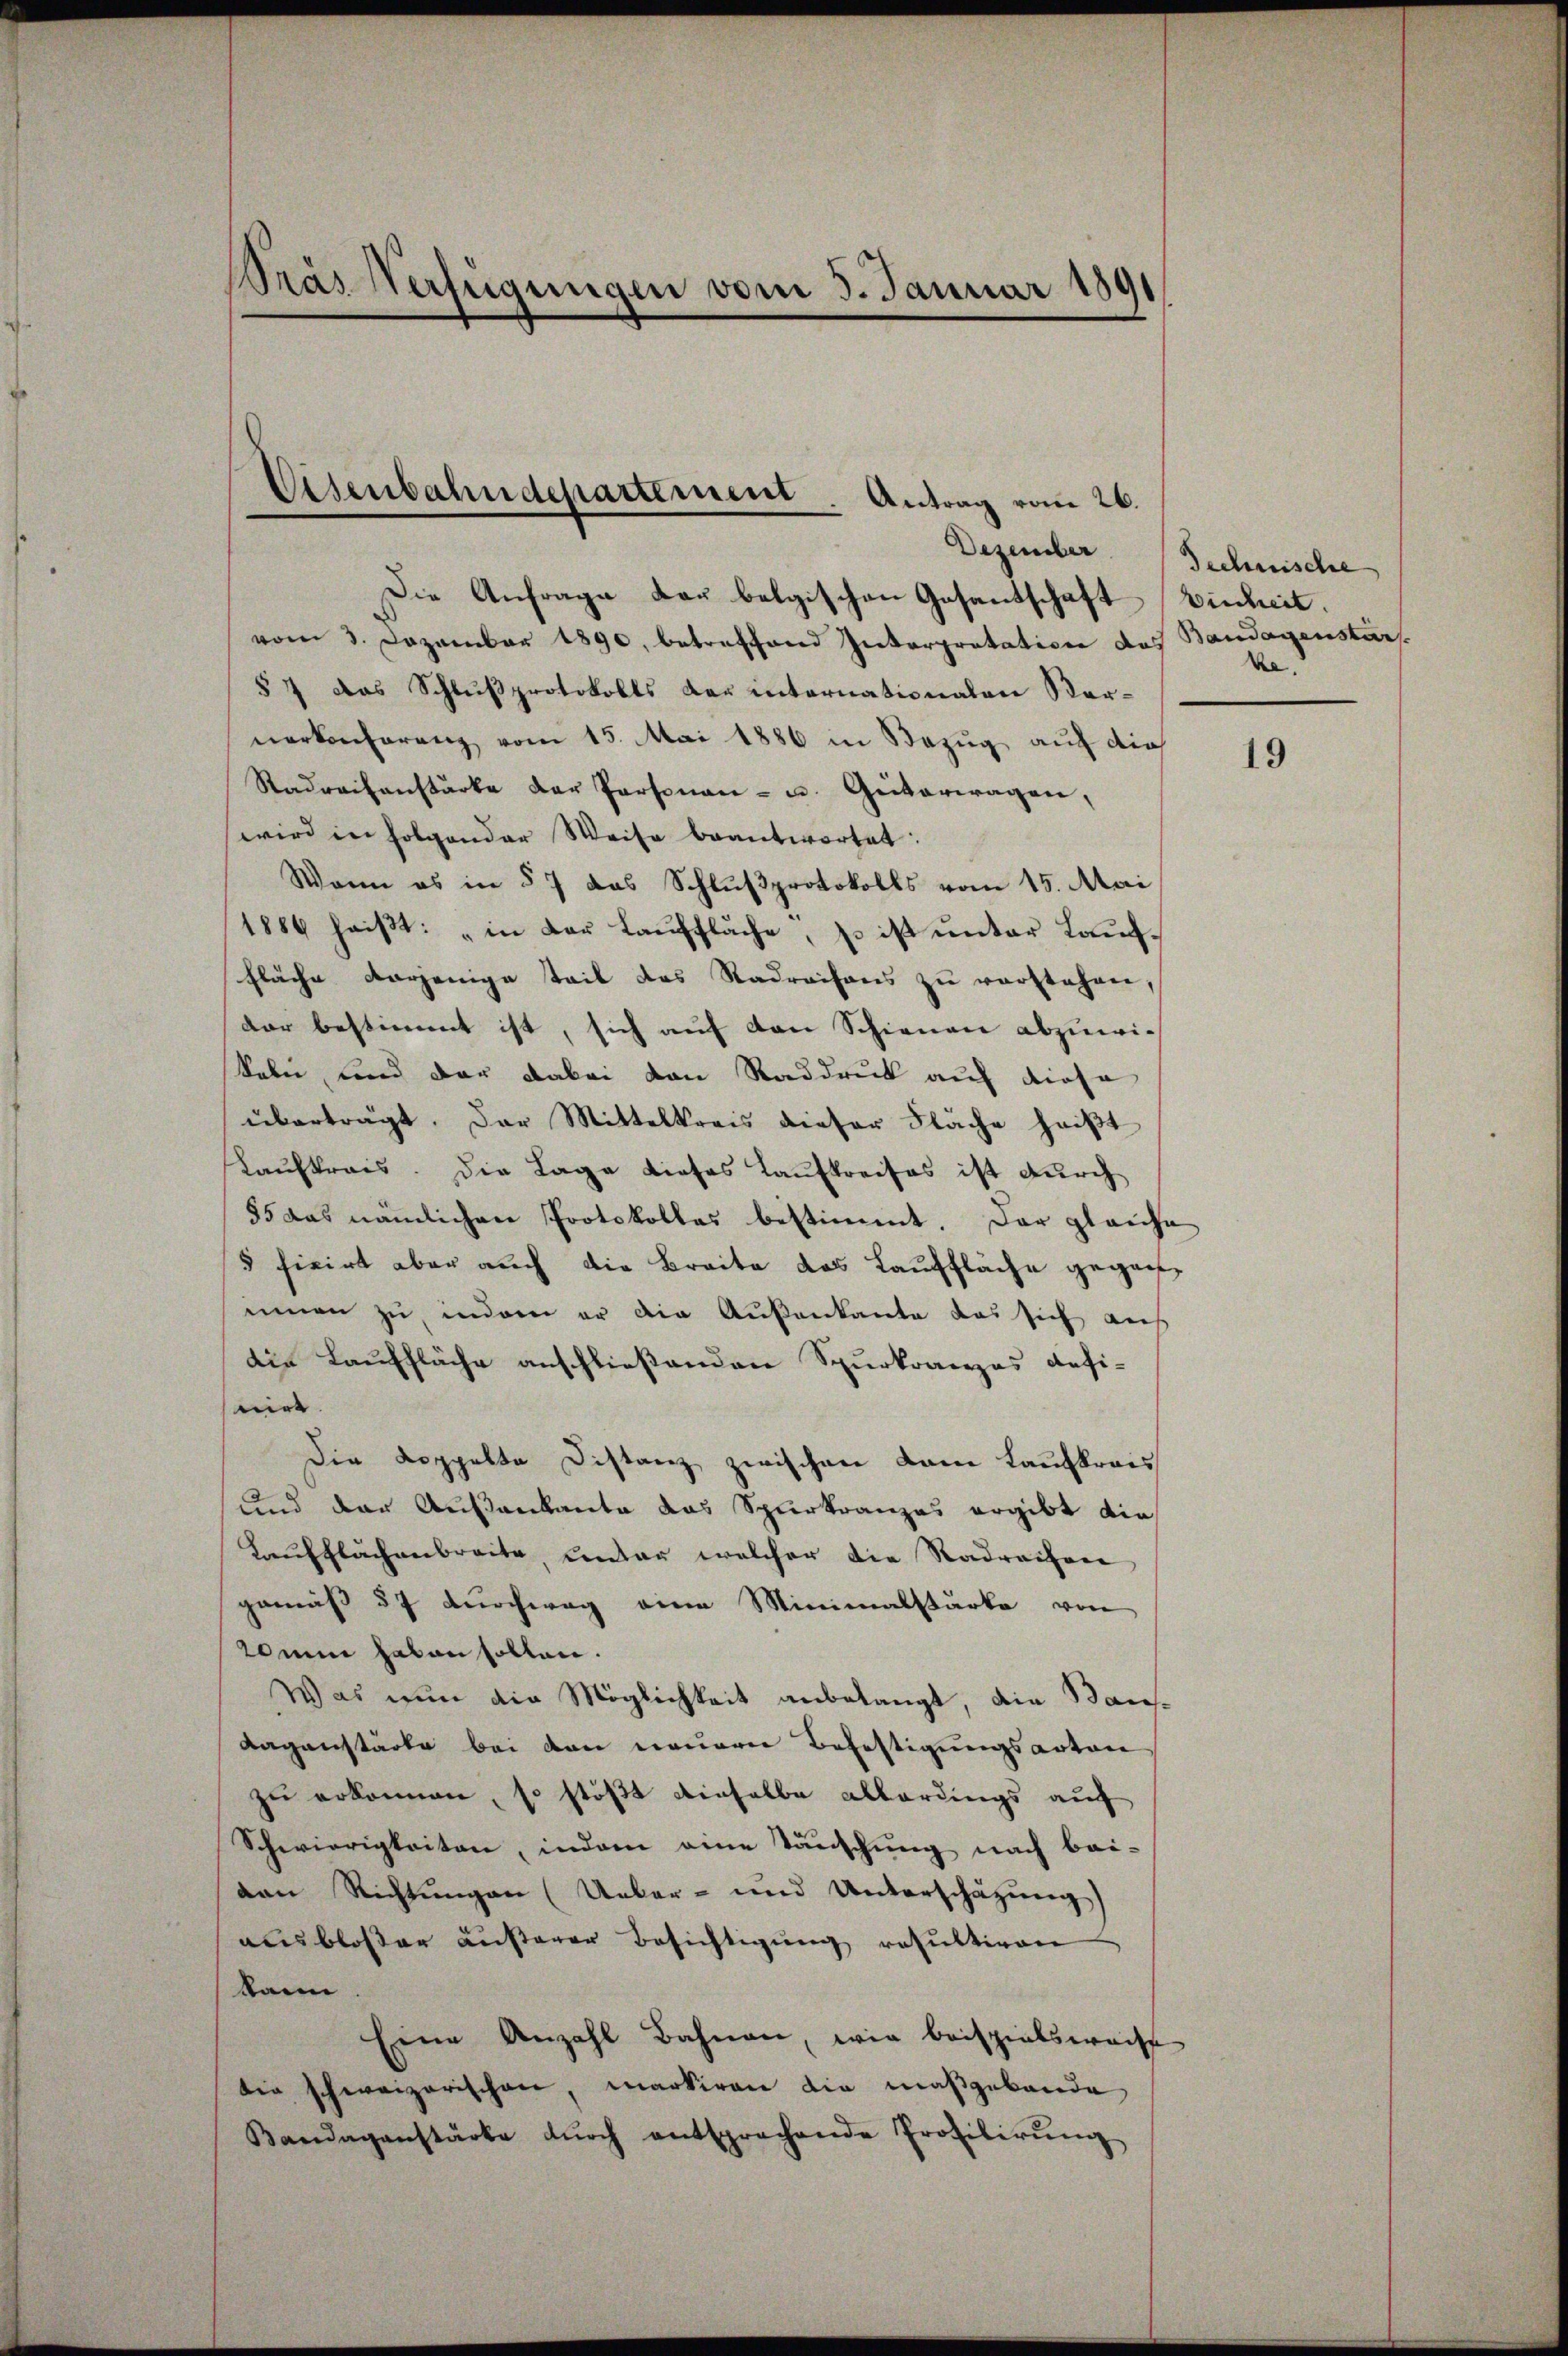
Pras Verfügungen vom 5. Januar 1891

Eisenbahndepartement. Antrag vom 26.

Dezember
Die Anfrage der belgischen Gesandschaft Einheit.
vom 3. Dezember 1890, betreffend Interpretation des Bandagenstar
§ 7 das Schlußprotokolls der internationalen Vornerkonferenz vom 15. Mai 1886 in Bezug auf die
Stadraifanstärke der Personau- u. Giitertragen,
wird in folgender Weise beantwortet:
Wenn es in § 7 das Schlußprotokolls vom 15. Mai
1886 haiβt: "in der Laŭffläche, so ist ŭnter Laŭf-
fläche derjenige teil das Radraisons zu verstehen,
dar bestimmt ist, sich auf den Schienen abzuwikaben und der dabei von Raddruck auf diese
überträgt. Der Mittelkreis dieser Fläche heißt
Laŭfkrais. Die Lage dieses Laufkreises ist durch
85 das nämlichen Protokolles bestimmt. Der gleiche
 fixirt aber auch die Breite das Lauffläche gegen
innen zu, indem er die Außenkante das sich aus
die Lauffläche anschließenden Spurkranzes defi-
nirt |
Die Koppelte Distanz zwischen kam Laufkrais
und der Außenkanto das Sperkranzes ergibt die
Laufflächenbreite, unter welcher die Radrechere
gemäß § 7 durchweg eine Minimalstärke von
20min haben sollen.
Was nun die Möglichkeit anbelangt, die Baus-
Laganstärke bei den neuerer Befestigungsantane
zu erkennen, so stößt dieselbe allerdings auf
Schwierigkeiten, indem eine Täuschung nach bei-
ven Richtungen (Ueber- und Unterschäzung)
ausbloßer Lusterer Besichtigung resultiren
kann
Eine Anzahl Bahnen, wie beispielsweise
die schweizerischen, markiren die maßgebande
Bandaganstärke dŭrch entsprechende Profilirŭng

Technische
ke.

19